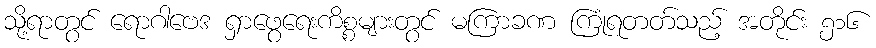
သို့ရာတွင် ရောဂါဗေဒ ရှာဖွေရေးကိစ္စများတွင် မကြာခဏ ကြုံရတတ်သည့် အတိုင်း ၅၁၆